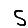
Digit: 5